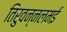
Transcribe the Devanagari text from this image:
तिरुवन्नलमई